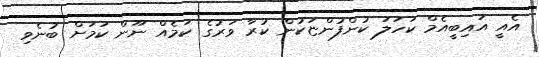
އެއީ އައިބީއެމް ކަހަލަ ކުންފުންޏަކުން ކުރާ ވަރުގެ ކަމެއް ނޫން ކަމަށް ބުނެވި